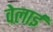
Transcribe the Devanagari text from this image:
वेलाई